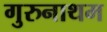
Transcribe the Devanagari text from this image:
गुरुनाथम